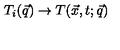
T _ { i } ( \vec { q } ) \to T ( \vec { x } , t ; \vec { q } )